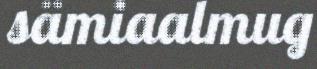
sämiaalmug